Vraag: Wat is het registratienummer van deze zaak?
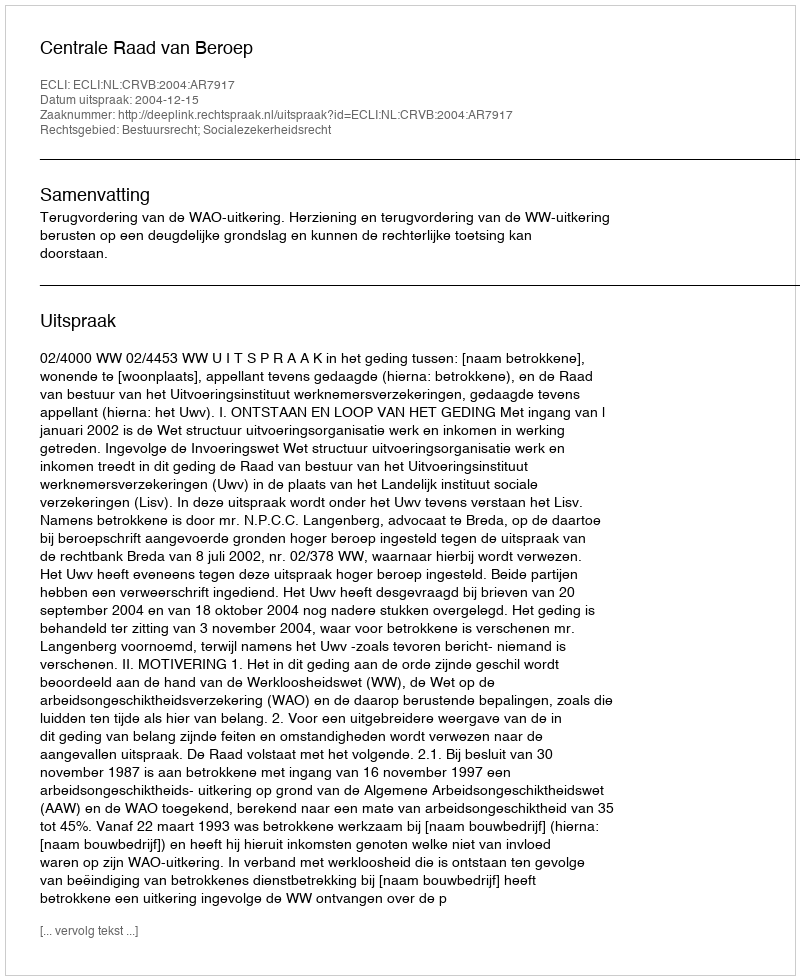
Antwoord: http://deeplink.rechtspraak.nl/uitspraak?id=ECLI:NL:CRVB:2004:AR7917